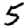
Digit: 5